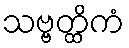
သဗ္ဗတ္ထိကံ